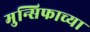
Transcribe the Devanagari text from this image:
मुन्सिफाच्या